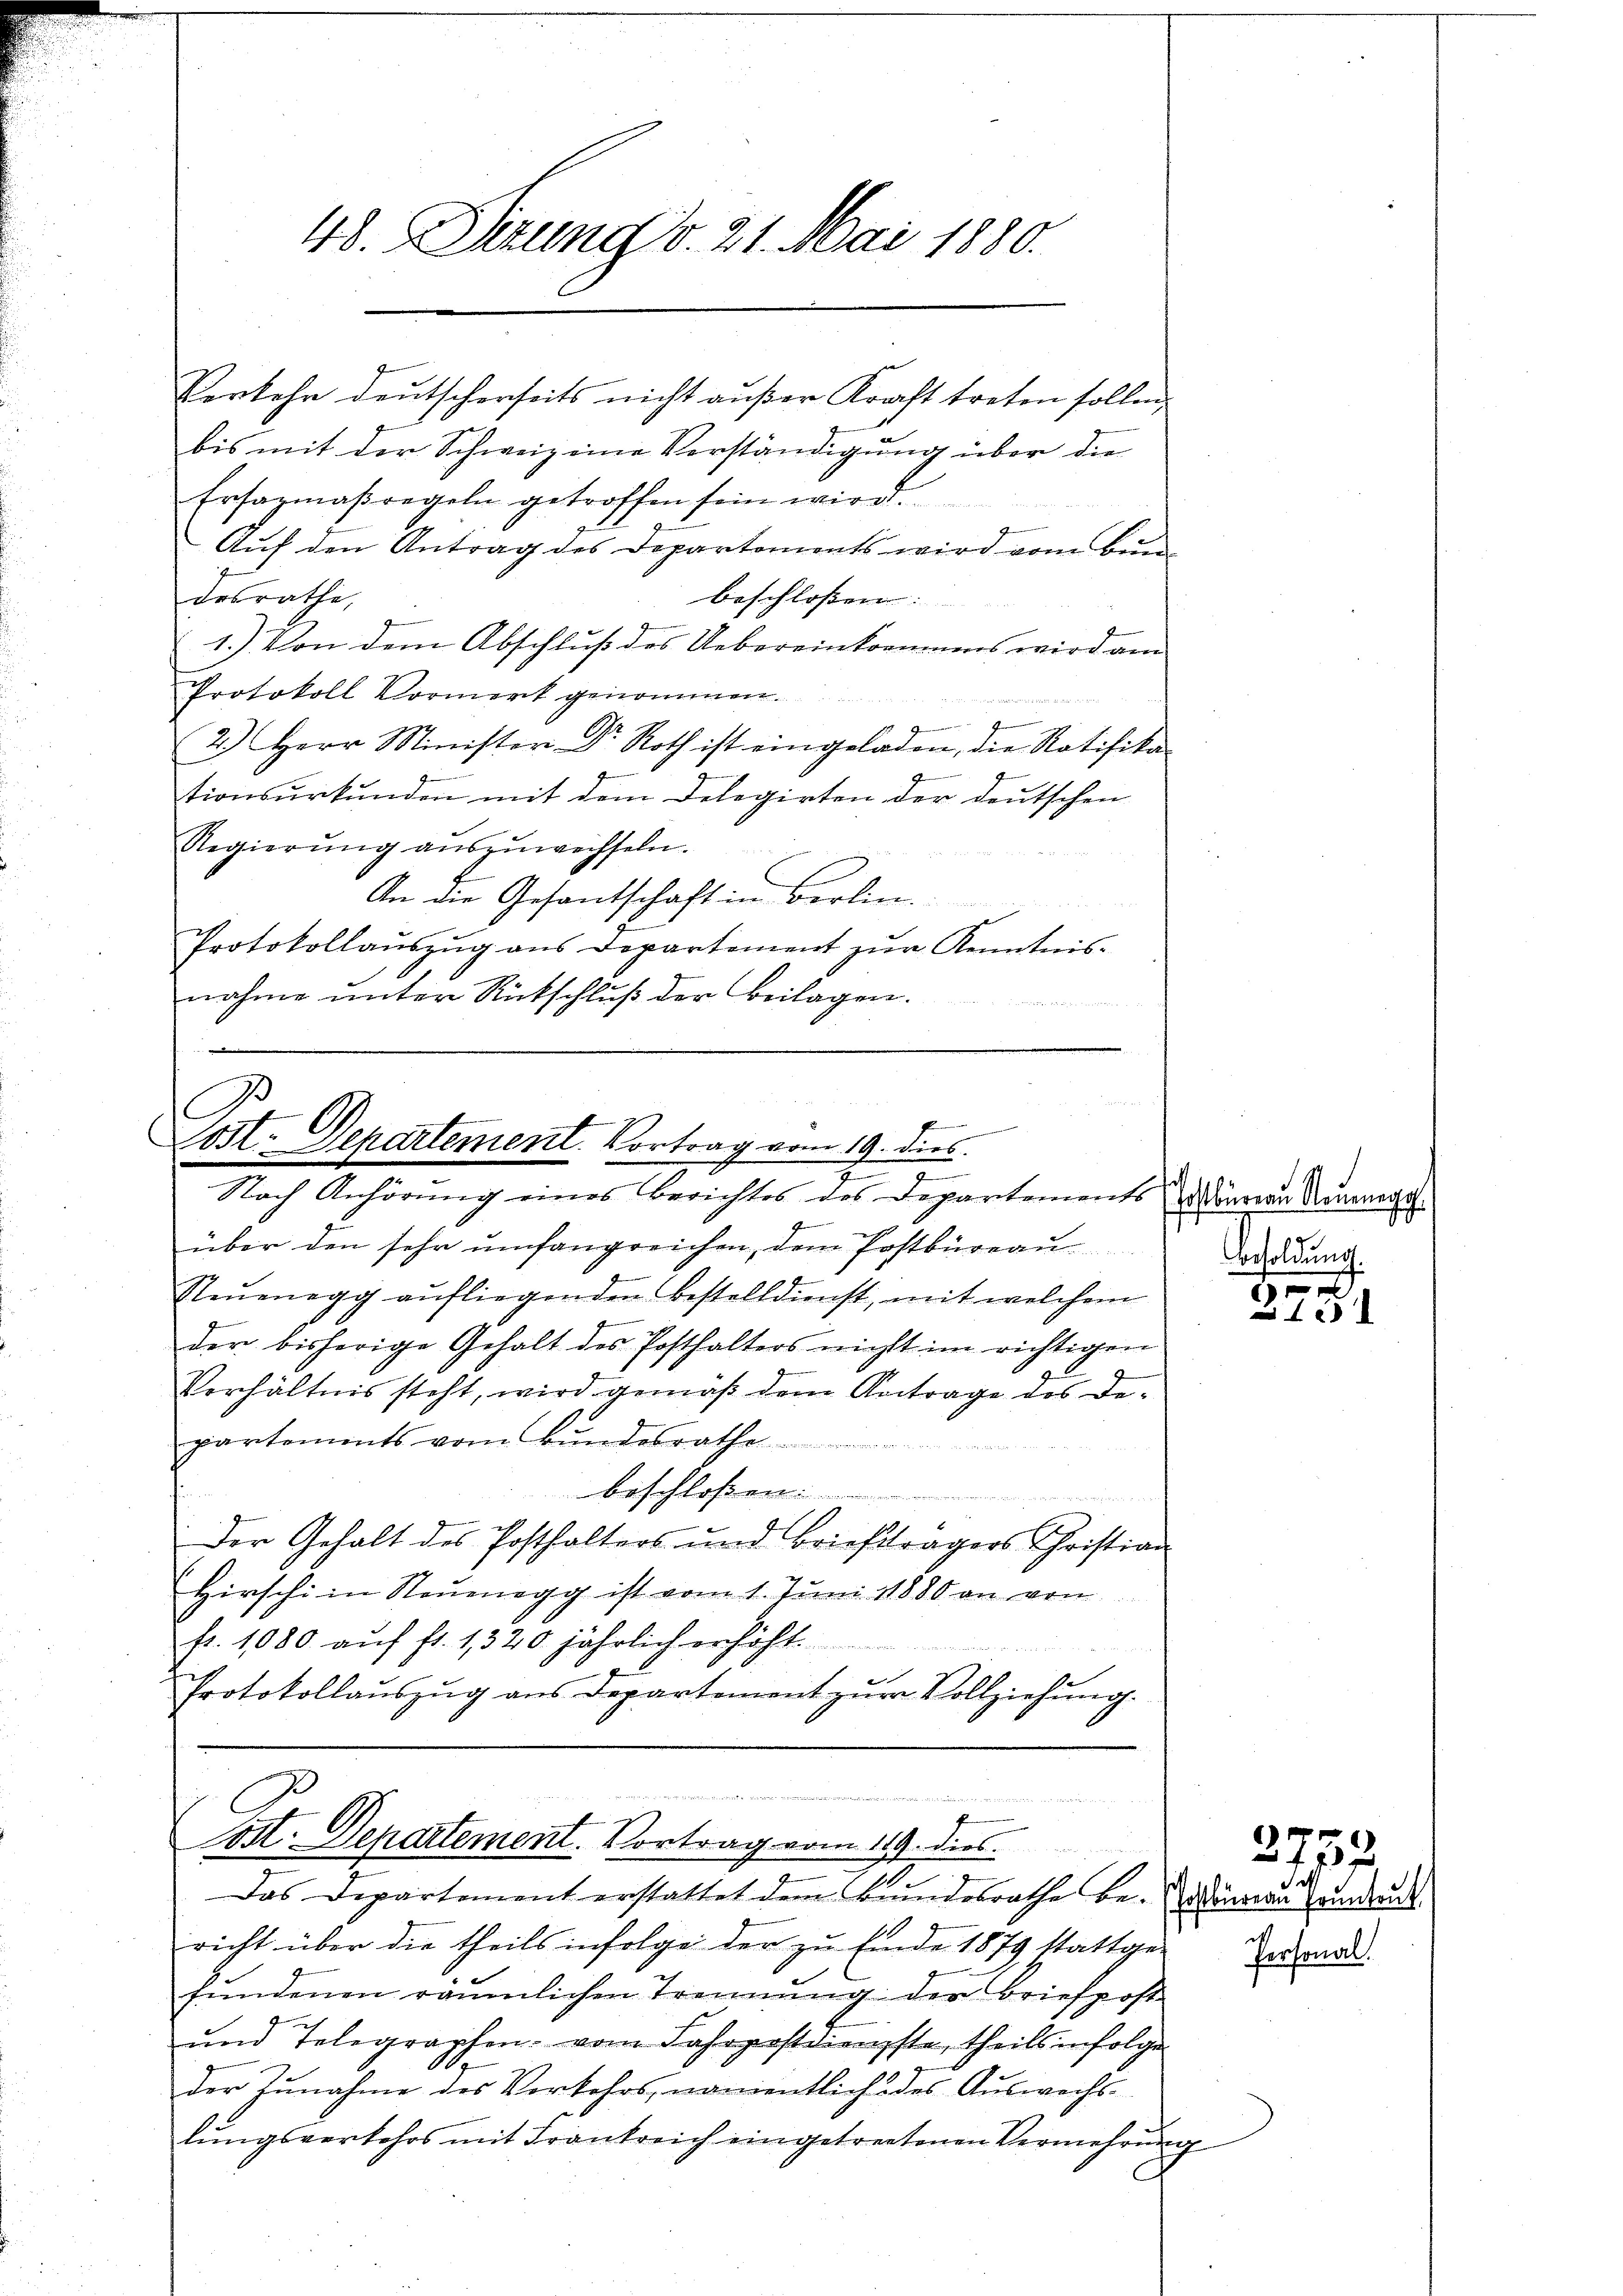
48. Setzung d. 21. Mai 1880.

Vorkehr deutscherseits nicht außer Kraft treten sollen,
bis mit der Schweiz eine Verständigung über die
Ersazmaßregeln getroffen sein wird.
Auf den Antrag des Departements wird vom Bun
desrathe,
beschlossen:
1.) Von dem Abschluß des Uebereinkommens wird am
Protokoll Vormerk genommen.
eder Serient derseitigten der
2.) Herr Minister Dr. Roth ist eingeladen, die Ratifika
g
S
tionsurkunden mit dem Delegirten der deutschen
Regierŭng aŭszŭwechseln.
An die Gesantschaft in Berlin.
Protokollaŭszŭg ans Departement zŭr Kenntnis-
nahme unter Rückschluß der Beilagen.

C
Cost. Departement. Vortrag vom 19. dies.
x
Nach Anhörung eines Berichtes des Departements Männern Neuererseh

über den sehr umfangreichen, dem Postbüreau
Neŭenegg aŭfliegenden Bestelldienst, mit welchem
der bisherige Gehalt des Posthalters nicht im richtigen
Verhältnis steht, wird gemäß dem Antrage des Departements vom Bundesrathe
beschloßen:
Der Gehalt des Posthalters und Briefträgers Christian
Hirschi in Neŭenegg ist vom 1. Juni 1880 an von
fr. 1080 auf fl. 1320 jährlich erhöht.
Protokollauszug aus Departement zur Vollziehung.

b
ost. Departement. Vortrag vom 119. dies
Das Departement erstattet dem Bundesrathe be- Zinsern Grundun
richt über die theils infolge der zu Ende 1879 stattge-
fundenen räumlichen Trennung der Briefpost
und Telegraphen vom Jahrpostdienste, theils infolge
der Zunahme des Vorkehrs, namentlich des Auswechslŭngsverkehrs mit Frankreich eingetretenen Vermehrŭng

Besoldung.

6
A 12

d
d

3732.

personal.